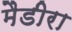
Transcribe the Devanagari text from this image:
मैडीरा